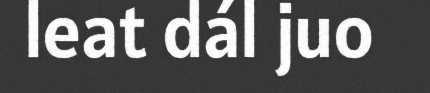
leat dál juo